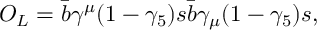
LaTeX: O _ { L } = \bar { b } \gamma ^ { \mu } ( 1 - \gamma _ { 5 } ) s \bar { b } \gamma _ { \mu } ( 1 - \gamma _ { 5 } ) s ,